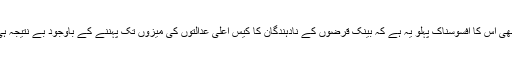
یہاں بھی اس کا افسوسناک پہلو یہ ہے کہ بینک قرضوں کے نادہندگان کا کیس اعلیٰ عدالتوں کی میزوں تک پہننے کے باوجود بے نتیجہ ہی رہا۔